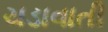
ચડાવાતી